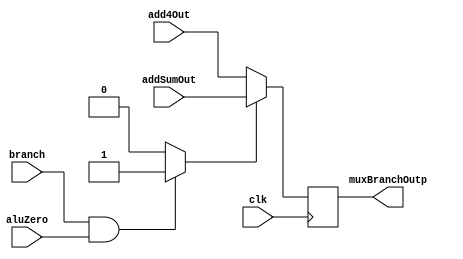
module muxbranch(
    input wire clk,
    input wire [31:0] add4Out,
    input wire [31:0] addSumOut,
    input wire branch,
    input wire aluZero,
    output reg [31:0] muxBranchOutp
);
    reg resutado;
    
    always @(posedge clk) begin
        resutado = 1'b0;
        if(branch == 1 && aluZero == 1)begin
            resutado = 1'b1;
        end
        if (resutado == 0) begin
            muxBranchOutp = add4Out;
        end
        if (resutado == 1) begin
            muxBranchOutp = addSumOut;
        end   
    end
endmodule